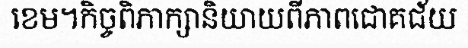
ខេម។កិច្ចពិភាក្សានិយាយពីភាពជោគជ័យ